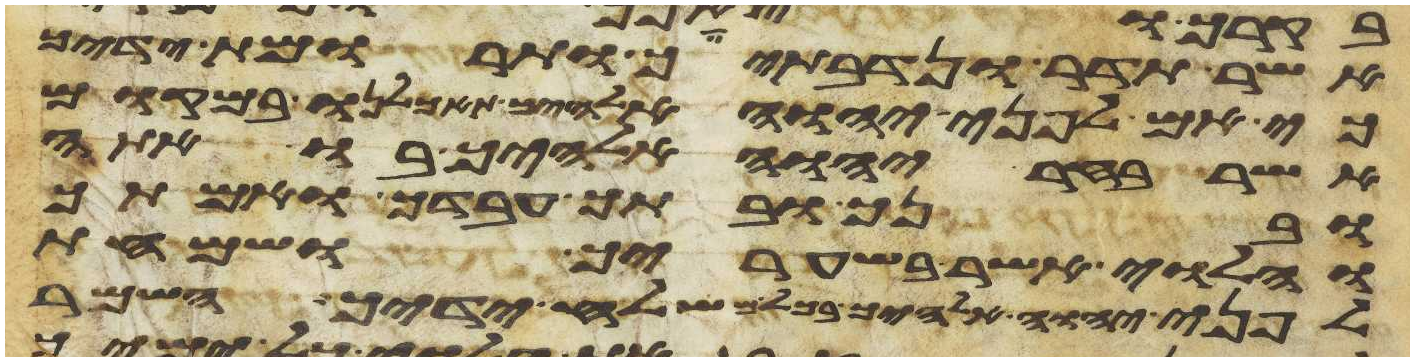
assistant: אשר תדר ונדבתיך ותרומות ידיך
כי אם לפני יהוה אלהיך תאכלנו במקום
אשר בחר יהוה אלהיך בו אתה
ובנך ובתך עבדך ואמתך
והלוי אשר בשעריך ושמחת
לפני יהוה אלהיך בכל משלח ידיך השמר